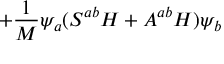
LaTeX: + { \frac { 1 } { M } } \psi _ { a } ( S ^ { a b } H + A ^ { a b } H ) \psi _ { b }